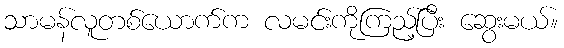
သာမန်လူတစ်ယောက်က လမင်းကိုကြည့်ပြီး ဆွေးမယ်။